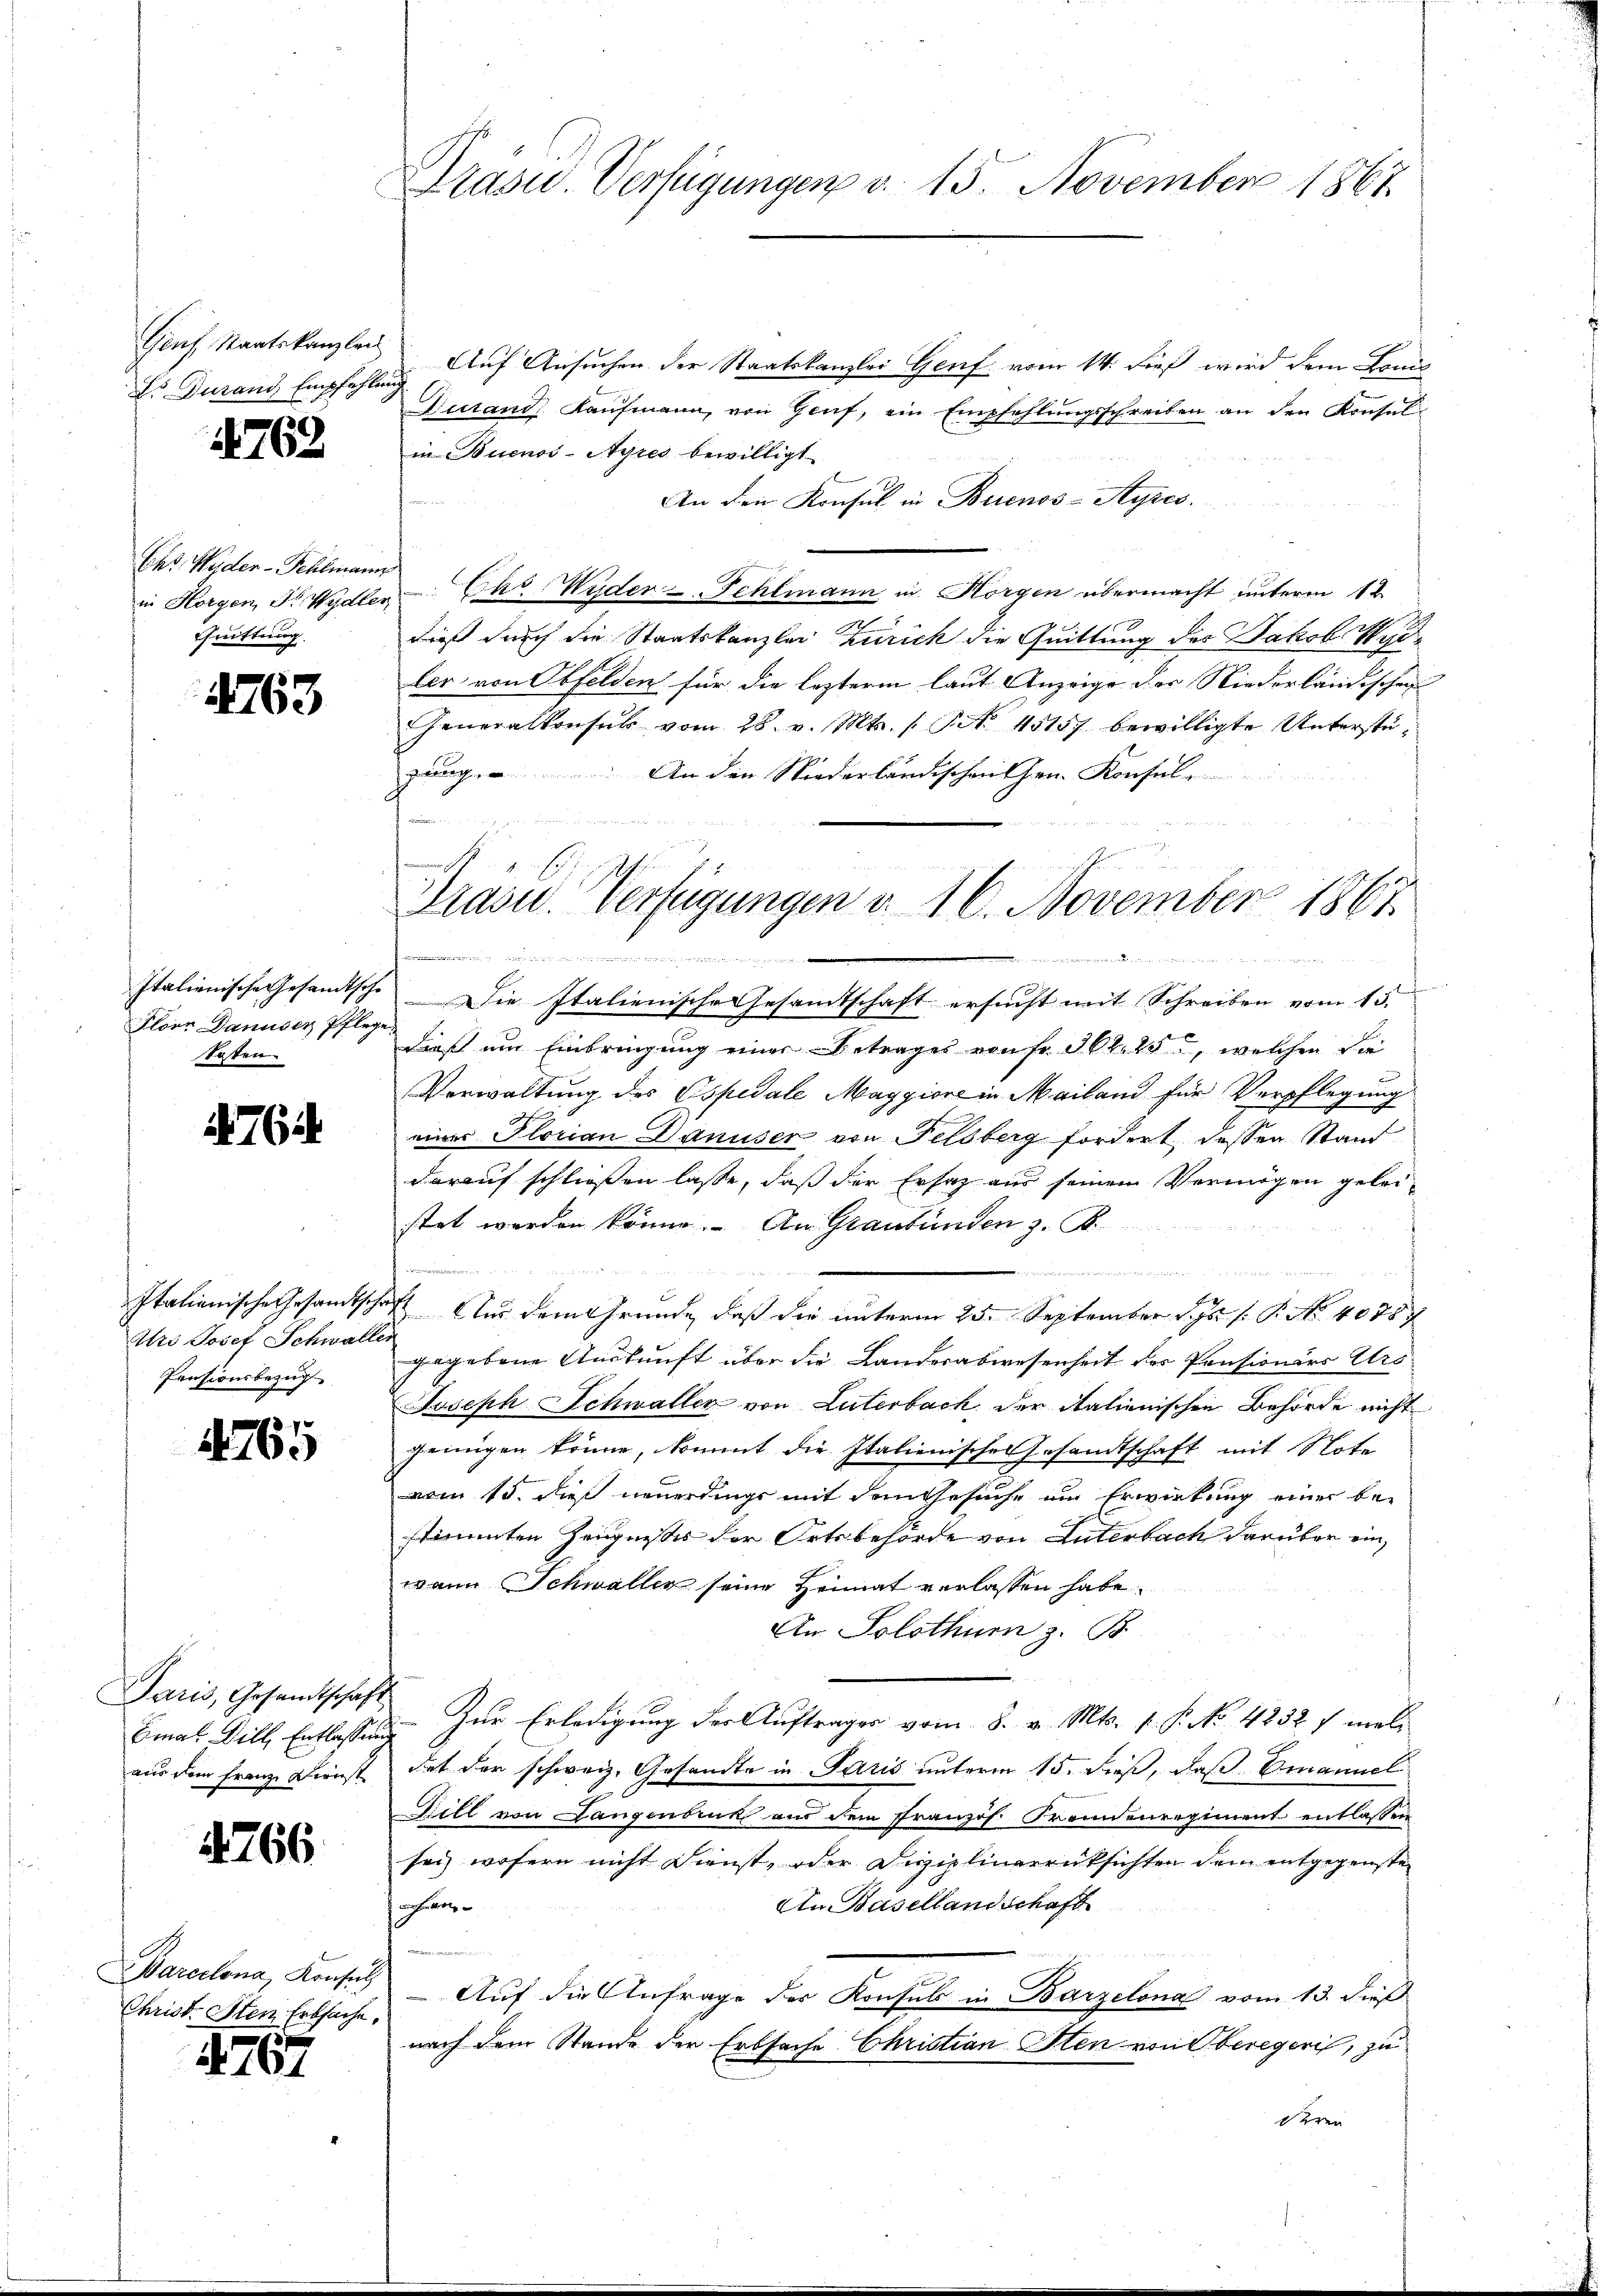
Es Durand, Empfehlung

N. 763

Chr. Wider-Fehlmann
in Horgen, F. Wydler
Cuittung.

4763

Italienische Gesandtsche
Floir Danuser Pfleg
Kosten

764

Italianische Gesandtsche
Urs Josef Schwalle
Pensionsbezug

4765

Paris, Gesandtschaft
aus dem Franz Dienst

4766

Barcelona, Konsul
Christ. Iten Erbsache,

767

Präsid. Verfügungen v. 15. November 1867.

Genf Staatskanzlei Auf Ansuchen der Staatskanzlei Genf vom 14. dieß wird dem Louis
Dutand, Kaufmann, von Genf, ein Empfehlungsschreiben an den Konsulin Buenos-Ayres bewilligt.
An den Konsul in Buenos-Ayres.
Chr. Wider Fehlmann in Horgen übermacht unterm 12.
A
dieß durch die Staatskanzlei Zürich die Quittung des Jakob Weller von Obfelden für die lezterm laut Anzeige der Niederländischen
Generalkonsul vom 28. v. Mts. 1 § 45157 bewilligte Unterstegung. An den Niederländischen hrn. Konsul
.

f
Die Italienische Gesamtschaft ersucht mit Schreiben vom 15.
dieß um Einbringung einer Betrages von Fr. 304. 25, welchen Sie
e
Verwaltung des Espedale Maggiore in Mailand für Verpflegung
einer Florian Danuser von Felsberg fordert dessen Stand
darauf schließen lasse, daß der Ersatz aus seinem Vermögen geleistet werden könne. An Graubünden z. B.

t Aus dem Grunde, daß die unterm 25. September s. f. P. Nr. 40787
u
gegebene Auskunft über die Landerabwesenheit der Pensionärs Urs
Joseph Schwaller von Luterbach der italienischen Behörde nicht
jenügen könne, kommt die Italienisches Gesamtschaft mit Note
vom 15. dieß neuerdings mit dem Gesuche um Erwirkung einer bestimmten Zeugnißes der Ortsbehörde von Luterbach darüber ein
wann Schwaller seine Heimat verlassen habe.
An Solothur z. B.
Emal Dill, Entlassung zur Erledigung der Auftrages vom 8. v. Mts. v. P. No. 4232 f. meli
det der schweiz. Gesandte in Paris unterm 15. dieß, daß Emanuel
Dill von Langenbruk aus dem französ. Fremdenregiment entlassen
sei, wofern nicht Dienst, oder Disziplinarrücksichten dem entgegenste
An Basellandschaft
ohan
Auf die Anfrage des Konsuls in Barzelona vom 13. dieß
nach dem Stande der Erbsache Christian Sten von Oberegeri, zu
deren

Gemeinem S

f
t
Prasw. Verfügungen v. 16. November 1867